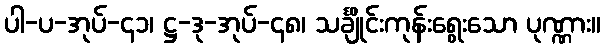
ပါ-ပ-အုပ်-၄၁၊ ဋ္ဌ-ဒု-အုပ်-၄၈၊ သင်္ချိုင်းကုန်းရွေးသော ပုဏ္ဏား။